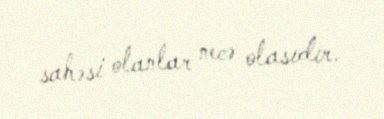
sahəsi olanlar necə olasıdır.